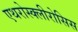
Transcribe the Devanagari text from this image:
एथरोस्क्लीरोसिस